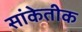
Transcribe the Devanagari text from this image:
सांकेतीक